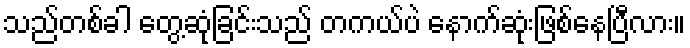
သည်တစ်ခါ တွေ့ဆုံခြင်းသည် တကယ်ပဲ နောက်ဆုံးဖြစ်နေပြီလား။